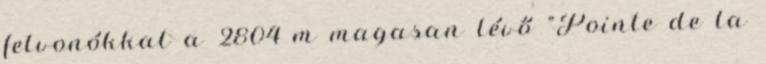
felvonókkal a 2804 m magasan lévő "Pointe de la